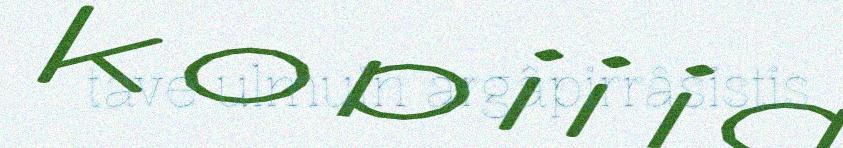
tave ulmuin argâpirrâsistis